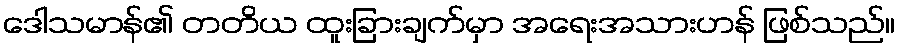
ဒေါသမာန်၏ တတိယ ထူးခြားချက်မှာ အရေးအသားဟန် ဖြစ်သည်။